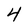
Character: 4